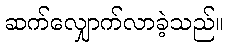
ဆက်လျှောက်လာခဲ့သည်။